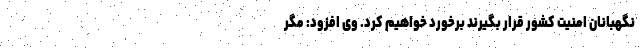
نگهبانان امنیت کشور قرار بگیرند برخورد خواهیم کرد. وی افزود: مگر